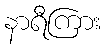
နာရီကြား